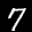
Label: 7